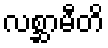
လစ္ဆာမီတိ